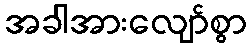
အခါအားလျော်စွာ